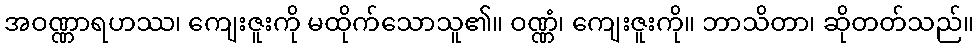
အဝဏ္ဏာရဟဿ၊ ကျေးဇူးကို မထိုက်သောသူ၏။ ဝဏ္ဏံ၊ ကျေးဇူးကို။ ဘာသိတာ၊ ဆိုတတ်သည်။